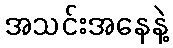
အသင်းအနေနဲ့